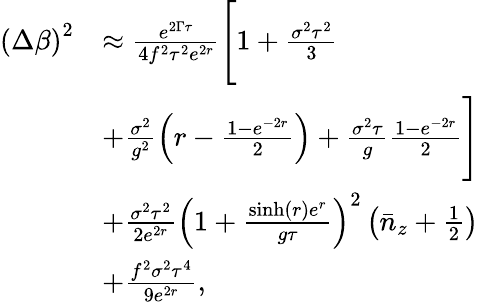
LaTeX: \begin{array}{rl}{\left(\Delta\beta\right)^{2}}&{\approx\frac{e^{2\Gamma\tau}}{4f^{2}\tau^{2}e^{2r}}\Bigg[1+\frac{\sigma^{2}\tau^{2}}{3}}\\ &{+\frac{\sigma^{2}}{g^{2}}\left(r-\frac{1-e^{-2r}}{2}\right)+\frac{\sigma^{2}\tau}{g}\frac{1-e^{-2r}}{2}\Bigg]}\\ &{+\frac{\sigma^{2}\tau^{2}}{2e^{2r}}\left(1+\frac{\sinh(r)e^{r}}{g\tau}\right)^{2}\left(\bar{n}_{z}+\frac{1}{2}\right)}\\ &{+\frac{f^{2}\sigma^{2}\tau^{4}}{9e^{2r}},}\end{array}